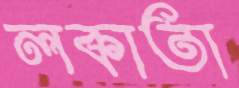
লকাতা